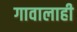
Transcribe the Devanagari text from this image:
गावालाही